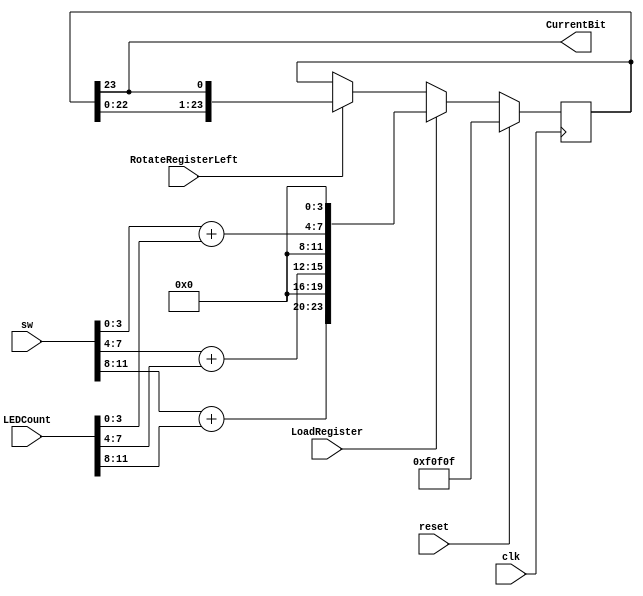
// ShiftRegister.v
// determines the 24-bit control word for an LED module
// shifts it out one bit at a time
// keeps sending the same 24 bits, so same color to all modules

module ShiftRegister(CurrentBit,sw,LoadRegister,RotateRegisterLeft,LEDCount,clk,reset);
  output CurrentBit;
  input  [15:4] sw;
  input  [11:0]  LEDCount;
  input  LoadRegister, RotateRegisterLeft;
  input  clk, reset;

  parameter DEFAULTREG=24'h0F0F0F;  // white, half brightness

  reg [23:0]  TheReg, nTheReg;  // 24 bits for GRB control

  always @(posedge clk)
    if(reset) TheReg <= DEFAULTREG;
    else  TheReg <= nTheReg;
      
    // switches set the upper 4 bits of the GRB control bytes
  always @(TheReg, LoadRegister, RotateRegisterLeft, sw)
    if(LoadRegister)
      nTheReg = {sw[15:12]+LEDCount[11:8],4'b0000,sw[11:8]+LEDCount[7:4],4'b0000,sw[7:4]+LEDCount[3:0],4'b0000};
    else if(RotateRegisterLeft)
      nTheReg = {TheReg[22:0],TheReg[23]};
    else
      nTheReg = TheReg;

  assign  CurrentBit = TheReg[23];
endmodule